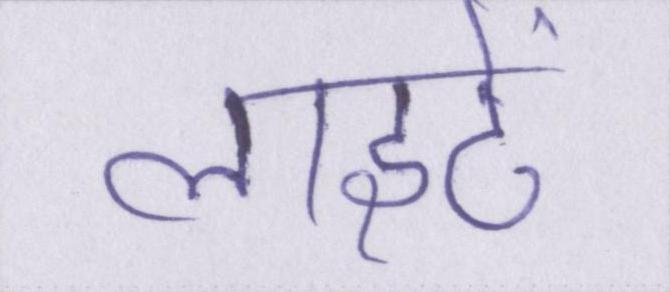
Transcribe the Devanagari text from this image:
लाइटें